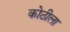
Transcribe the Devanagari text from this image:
कोठीला